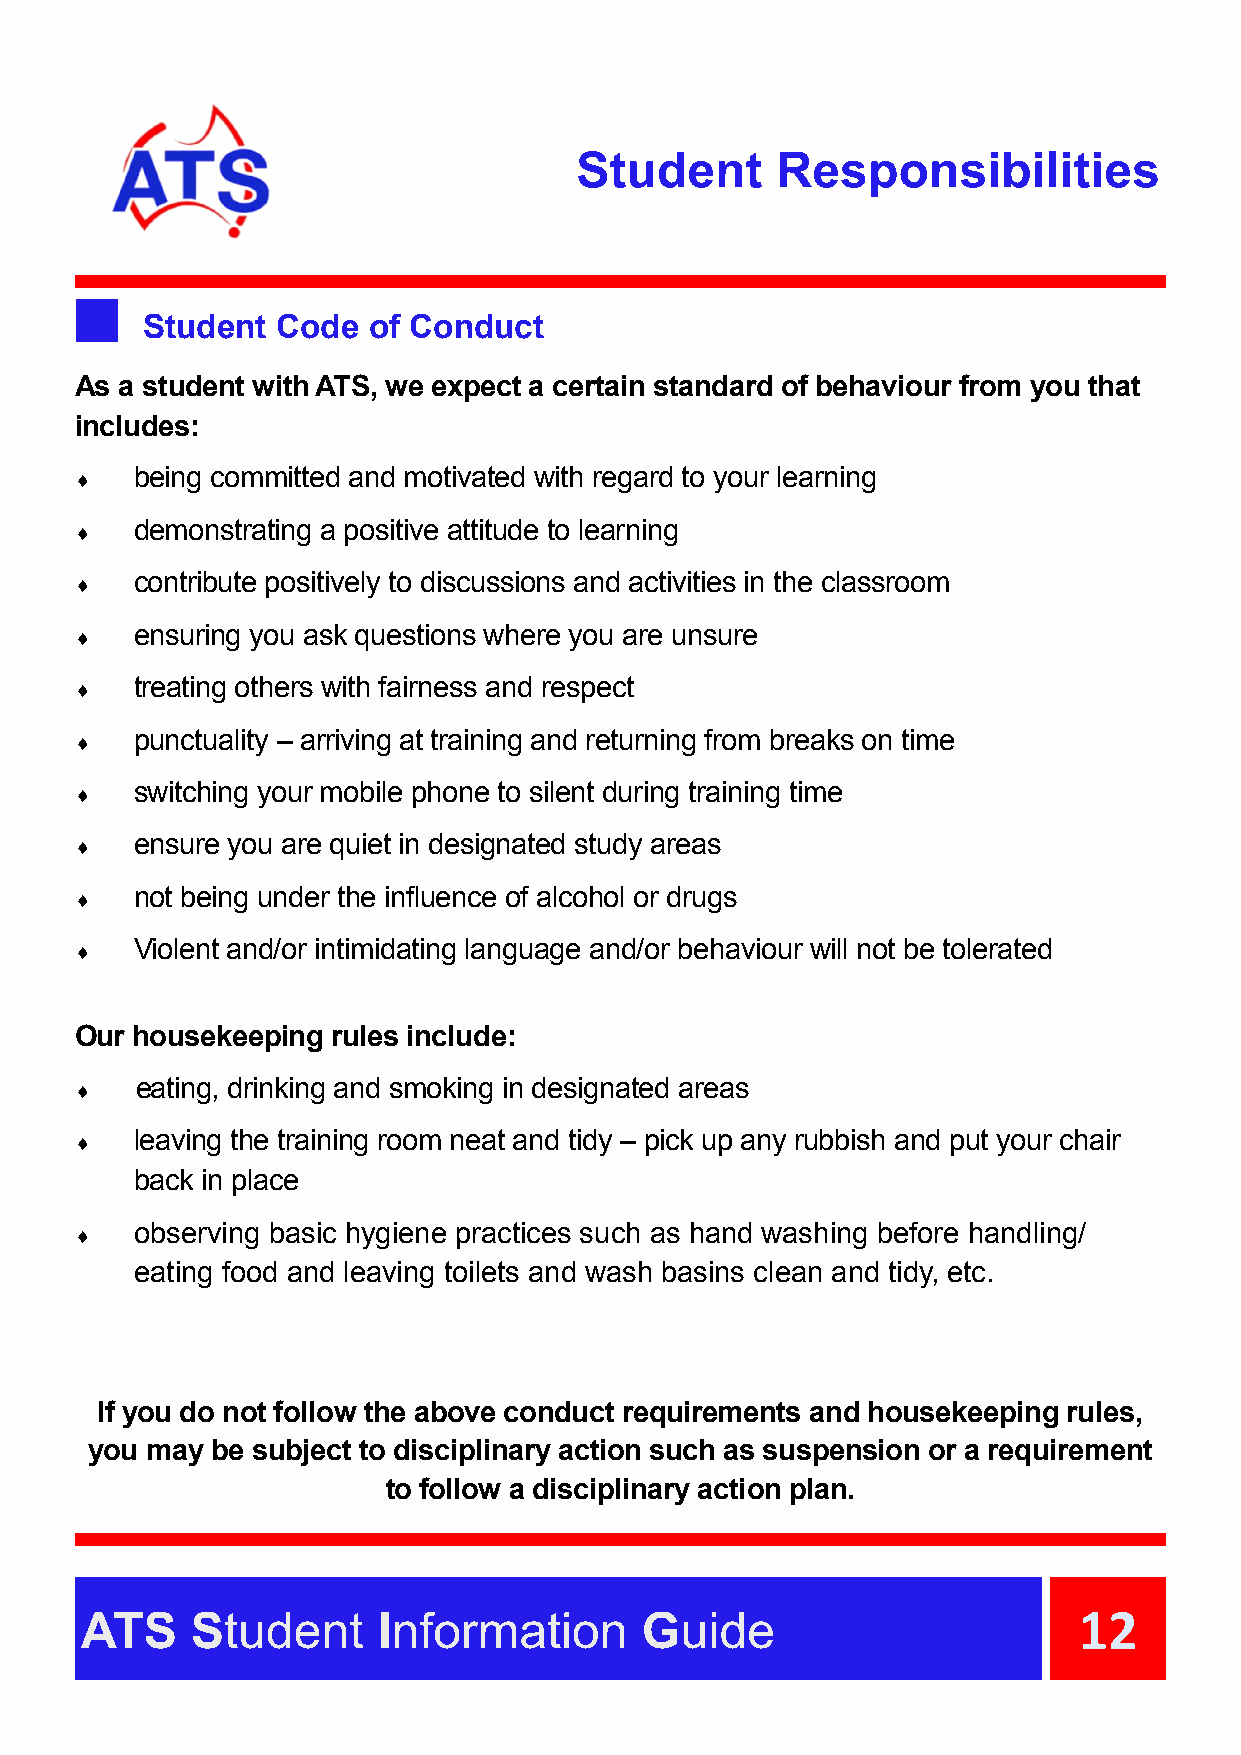
Student      Responsibilities
 Student  Code  of Conduct
 As a student with ATS, we expect a certain standard of behaviour from you that
 includes:
 being committed and motivated with regard to your learning
 
 demonstrating a positive attitude to learning
 
 contribute positively to discussions and activities in the classroom
 
 ensuring you ask questions where you are unsure
 
 treating others with fairness and respect
 
 punctuality – arriving at training and returning from breaks on time
 
 switching your mobile phone to silent during training time
 
 ensure you are quiet in designated study areas
 
 not being under the influence of alcohol or drugs
 
 Violent and/or intimidating language and/or behaviour will not be tolerated
 
 Our housekeeping rules include:
 eating, drinking and smoking in designated areas
 
 leaving the training room neat and tidy – pick up any rubbish and put your chair
 
 back in place
 observing basic hygiene practices such as hand washing before handling/
 
 eating food and leaving toilets and wash basins clean and tidy, etc.
 If you do not follow the above conduct requirements and housekeeping rules,
 you may be subject to disciplinary action such as suspension or a requirement
 to follow a disciplinary action plan.
 ATS     Student     Information      Guide                        12